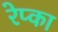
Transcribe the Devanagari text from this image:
रेप्का